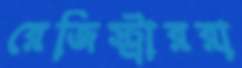
রেজিস্ট্রাররা